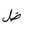
Letter: _za